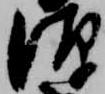
源